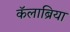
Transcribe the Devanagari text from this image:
कॅलाब्रिया